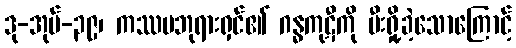
ဒု-အုပ်-၃၉၊ ကဿပဘုရားရှင်၏ ဂန္ဓကုဋီကို မီးရှို့ခဲ့သောကြောင့်